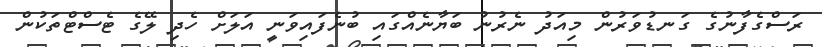
ރަސްގެފާނުގެ ގަނޑުވަރުން މިއަދު ނެރުނު ބަޔާނެއްގައި ބުނެފައިވަނީ އަލަށް ހެދި ލޭގެ ޓެސްޓްތަކުން